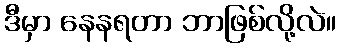
ဒီမှာ နေနရတာ ဘာဖြစ်လို့လဲ။